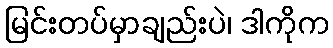
မြင်းတပ်မှာချည်းပဲ၊ ဒါကိုက